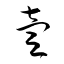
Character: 壹